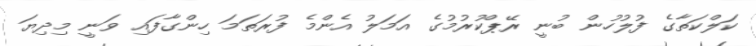
ކަލްކަތާގެ ފުލުހުން ބުނީ ރޭޕްކުރުމުގެ އަމަލު އެންމެ ފުރަތަމަ ހިންގާފައި ވަނީ މިދިޔަ